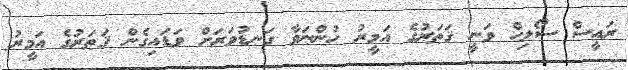
ރައީސް ސޯލިހް ވަނީ ޤަޠަރުގެ އަމީރު ހުންނަވާ ގަނޑުވަރަށް ވަޑައިގެން ޤަޠަރުގެ އަމީރު